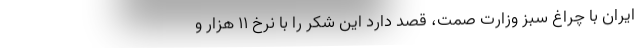
ایران با چراغ سبز وزارت صمت، قصد دارد این شکر را با نرخ ۱۱ هزار و